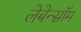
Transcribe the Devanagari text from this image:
लेबेन्स्रॉम